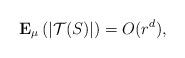
LaTeX: \begin{align*} {\bf E}_\mu\left(\left|{\mathcal T}(S)\right|\right) = O(r^d),\end{align*}